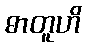
ဓာတူဟိ